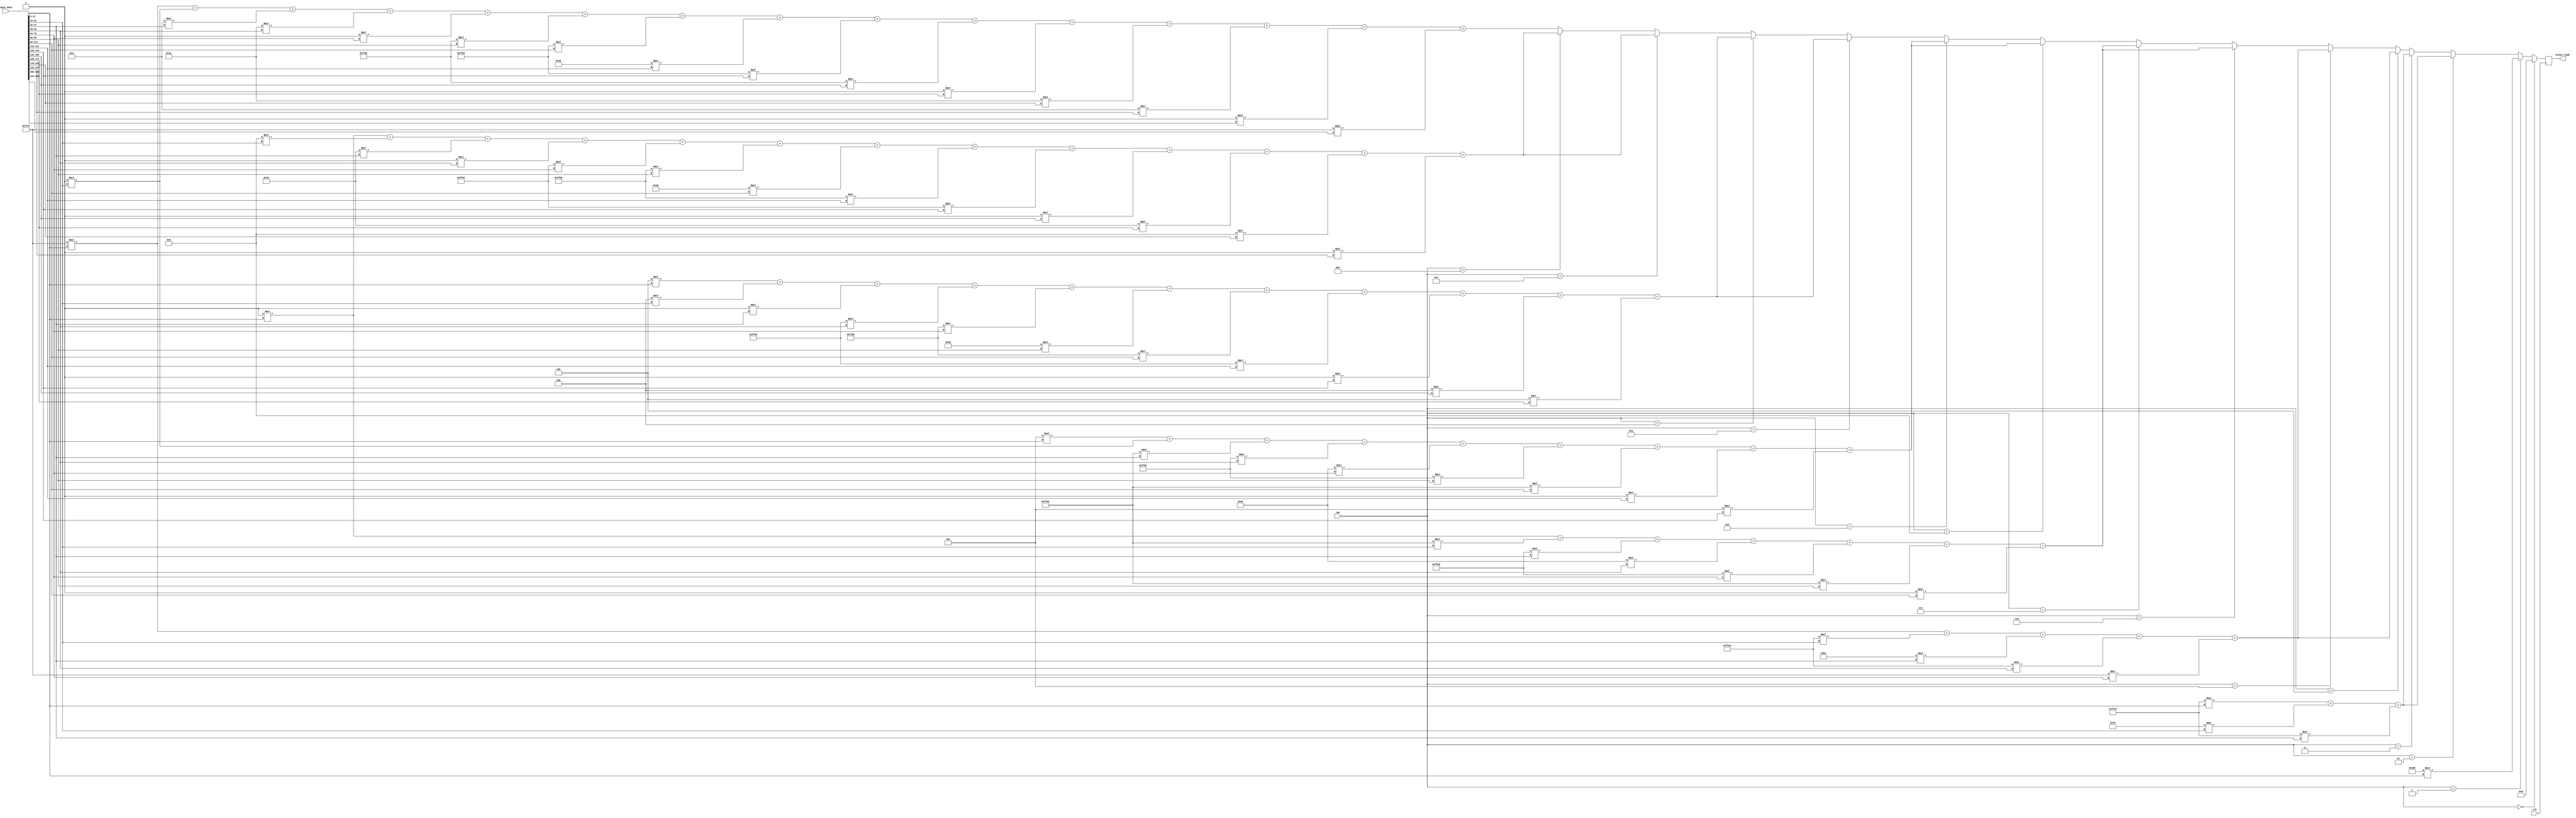
module highpass(
	input wire clk,
	input wire [3:0] tap,
	input wire [239:0] input_data,
	output wire [15:0] output_high
);

	// input - koefisien 16 bit 6 bit MSB decimal, 10 bit LSB fraction
	// input - koefisien dalam two's complement

	reg [15:0] output_register;	
	
	// 1 tap
	parameter [15:0] tap1buff1 = 16'h0400;
	
	// 2 tap
	parameter [15:0] tap2buff1 = 16'hffc0;
	parameter [15:0] tap2buff2 = 16'h00f0;
	parameter [15:0] tap2buff3 = 16'hffc0;
	
	// 3 tap
	parameter [15:0] tap3buff1 = 16'hffc0;
	parameter [15:0] tap3buff2 = 16'h00f0;
	parameter [15:0] tap3buff3 = 16'hffc0;
	
	// 4 tap
	parameter [15:0] tap4buff1 = 16'hfffc;
	parameter [15:0] tap4buff2 = 16'hffae;
	parameter [15:0] tap4buff3 = 16'h00b4;
	parameter [15:0] tap4buff4 = 16'hffae;
	parameter [15:0] tap4buff5 = 16'hfffc;
	
	// 5 tap
	parameter [15:0] tap5buff1 = 16'hfffc;
	parameter [15:0] tap5buff2 = 16'hffae;
	parameter [15:0] tap5buff3 = 16'h00b4;
	parameter [15:0] tap5buff4 = 16'hffae;
	parameter [15:0] tap5buff5 = 16'hfffc;

	// 6 tap
	parameter [15:0] tap6buff1 = 16'h0000;
	parameter [15:0] tap6buff2 = 16'hffd4;
	parameter [15:0] tap6buff3 = 16'hffa8;
	parameter [15:0] tap6buff4 = 16'h00a6;
	parameter [15:0] tap6buff5 = 16'hffa8;
	parameter [15:0] tap6buff6 = 16'hffd4;
	parameter [15:0] tap6buff7 = 16'h0000;
	
	// 7 tap
	parameter [15:0] tap7buff1 = 16'h0000;
	parameter [15:0] tap7buff2 = 16'hffd4;
	parameter [15:0] tap7buff3 = 16'hffa8;
	parameter [15:0] tap7buff4 = 16'h00a6;
	parameter [15:0] tap7buff5 = 16'hffa8;
	parameter [15:0] tap7buff6 = 16'hffd4;
	parameter [15:0] tap7buff7 = 16'h0000;
	
	// 8 tap
	parameter [15:0] tap8buff1 = 16'h0005;
	parameter [15:0] tap8buff2 = 16'h0000;
	parameter [15:0] tap8buff3 = 16'hffd4;
	parameter [15:0] tap8buff4 = 16'hff8e;
	parameter [15:0] tap8buff5 = 16'h00a6;
	parameter [15:0] tap8buff6 = 16'hff8e;
	parameter [15:0] tap8buff7 = 16'hffd4;
	parameter [15:0] tap8buff8 = 16'h0000;
	parameter [15:0] tap8buff9 = 16'h0005;
	
	// 9 tap
	parameter [15:0] tap9buff1 = 16'h0005;
	parameter [15:0] tap9buff2 = 16'h0000;
	parameter [15:0] tap9buff3 = 16'hffd4;
	parameter [15:0] tap9buff4 = 16'hff8e;
	parameter [15:0] tap9buff5 = 16'h00a6;
	parameter [15:0] tap9buff6 = 16'hff8e;
	parameter [15:0] tap9buff7 = 16'hffd4;
	parameter [15:0] tap9buff8 = 16'h0000;
	parameter [15:0] tap9buff9 = 16'h0005;
	
	// 10 tap
	parameter [15:0] tap10buff1 = 16'h0004;
	parameter [15:0] tap10buff2 = 16'h000b;
	parameter [15:0] tap10buff3 = 16'h0000;
	parameter [15:0] tap10buff4 = 16'hffa0;
	parameter [15:0] tap10buff5 = 16'hffbe;
	parameter [15:0] tap10buff6 = 16'h00ad;
	parameter [15:0] tap10buff7 = 16'hffbe;
	parameter [15:0] tap10buff8 = 16'hffa0;
	parameter [15:0] tap10buff9 = 16'h0000;
	parameter [15:0] tap10buff10 = 16'h000b;
	parameter [15:0] tap10buff11 = 16'h0004;
	
	// 11 tap
	parameter [15:0] tap11buff1 = 16'h0004;
	parameter [15:0] tap11buff2 = 16'h000b;
	parameter [15:0] tap11buff3 = 16'h0000;
	parameter [15:0] tap11buff4 = 16'hffa0;
	parameter [15:0] tap11buff5 = 16'hffbe;
	parameter [15:0] tap11buff6 = 16'h00ad;
	parameter [15:0] tap11buff7 = 16'hffbe;
	parameter [15:0] tap11buff8 = 16'hffa0;
	parameter [15:0] tap11buff9 = 16'h0000;
	parameter [15:0] tap11buff10 = 16'h000b;
	parameter [15:0] tap11buff11 = 16'h0004;
	
	// 12 tap
	parameter [15:0] tap12buff1 = 16'h0000;
	parameter [15:0] tap12buff2 = 16'h0008;
	parameter [15:0] tap12buff3 = 16'h0015;
	parameter [15:0] tap12buff4 = 16'h0000;
	parameter [15:0] tap12buff5 = 16'hff94;
	parameter [15:0] tap12buff6 = 16'hffb6;
	parameter [15:0] tap12buff7 = 16'h00ab;
	parameter [15:0] tap12buff8 = 16'hffb6;
	parameter [15:0] tap12buff9 = 16'hff94;
	parameter [15:0] tap12buff10 = 16'h0000;
	parameter [15:0] tap12buff11 = 16'h0015;
	parameter [15:0] tap12buff12 = 16'h0008;
	parameter [15:0] tap12buff13 = 16'h0000;

	// 13 tap
	parameter [15:0] tap13buff1 = 16'h0000;
	parameter [15:0] tap13buff2 = 16'h0008;
	parameter [15:0] tap13buff3 = 16'h0015;
	parameter [15:0] tap13buff4 = 16'h0000;
	parameter [15:0] tap13buff5 = 16'hff94;
	parameter [15:0] tap13buff6 = 16'hffb6;
	parameter [15:0] tap13buff7 = 16'h00ab;
	parameter [15:0] tap13buff8 = 16'hffb6;
	parameter [15:0] tap13buff9 = 16'hff94;
	parameter [15:0] tap13buff10 = 16'h0000;
	parameter [15:0] tap13buff11 = 16'h0015;
	parameter [15:0] tap13buff12 = 16'h0008;
	parameter [15:0] tap13buff13 = 16'h0000;
	
	// 14 tap
	parameter [15:0] tap14buff1 = 16'hfffc;
	parameter [15:0] tap14buff2 = 16'h0000;
	parameter [15:0] tap14buff3 = 16'h000e;
	parameter [15:0] tap14buff4 = 16'h001e;
	parameter [15:0] tap14buff5 = 16'h0000;
	parameter [15:0] tap14buff6 = 16'hff8c;
	parameter [15:0] tap14buff7 = 16'hffb4;
	parameter [15:0] tap14buff8 = 16'h00a8;
	parameter [15:0] tap14buff9 = 16'hffb4;
	parameter [15:0] tap14buff10 = 16'hff8c;
	parameter [15:0] tap14buff11 = 16'h0000;
	parameter [15:0] tap14buff12 = 16'h001e;
	parameter [15:0] tap14buff13 = 16'h000e;
	parameter [15:0] tap14buff14 = 16'h0000;
	parameter [15:0] tap14buff15 = 16'hfffc;
	
	// 15 tap
	parameter [15:0] tap15buff1 = 16'hfffc;
	parameter [15:0] tap15buff2 = 16'h0000;
	parameter [15:0] tap15buff3 = 16'h000e;
	parameter [15:0] tap15buff4 = 16'h001e;
	parameter [15:0] tap15buff5 = 16'h0000;
	parameter [15:0] tap15buff6 = 16'hff8c;
	parameter [15:0] tap15buff7 = 16'hffb4;
	parameter [15:0] tap15buff8 = 16'h00a8;
	parameter [15:0] tap15buff9 = 16'hffb4;
	parameter [15:0] tap15buff10 = 16'hff8c;
	parameter [15:0] tap15buff11 = 16'h0000;
	parameter [15:0] tap15buff12 = 16'h001e;
	parameter [15:0] tap15buff13 = 16'h000e;
	parameter [15:0] tap15buff14 = 16'h0000;
	parameter [15:0] tap15buff15 = 16'hfffc;
	
	always @(posedge clk) begin
		if (tap == 4'b0000) begin
			output_register <= 16'h0000;
		end else if (tap == 4'b0001) begin
			output_register <= tap1buff1*input_data[15:0];
		end else if (tap == 4'b0010) begin
			output_register <= tap2buff1*input_data[15:0]+tap2buff2*input_data[31:16]+tap2buff3*input_data[47:32];
		end else if (tap == 4'b0011) begin
			output_register <= tap3buff1*input_data[15:0]+tap3buff2*input_data[31:16]+tap3buff3*input_data[47:32];
		end else if (tap == 4'b0100) begin
			output_register <= tap4buff1*input_data[15:0]+tap4buff2*input_data[31:16]+tap4buff3*input_data[47:32]+tap4buff4*input_data[63:48]+tap4buff5*input_data[79:64];
		end else if (tap == 4'b0101) begin
			output_register <= tap5buff1*input_data[15:0]+tap5buff2*input_data[31:16]+tap5buff3*input_data[47:32]+tap5buff4*input_data[63:48]+tap5buff5*input_data[79:64];
		end else if (tap == 4'b0110) begin
			output_register <= tap6buff1*input_data[15:0]+tap6buff2*input_data[31:16]+tap6buff3*input_data[47:32]+tap6buff4*input_data[63:48]+tap6buff5*input_data[79:64]+tap6buff6*input_data[95:80]+tap6buff7*input_data[111:96];
		end else if (tap == 4'b0111) begin
			output_register <= tap7buff1*input_data[15:0]+tap7buff2*input_data[31:16]+tap7buff3*input_data[47:32]+tap7buff4*input_data[63:48]+tap7buff5*input_data[79:64]+tap7buff6*input_data[95:80]+tap7buff7*input_data[111:96];
		end else if (tap == 4'b1000) begin
			output_register <= tap8buff1*input_data[15:0]+tap8buff2*input_data[31:16]+tap8buff3*input_data[47:32]+tap8buff4*input_data[63:48]+tap8buff5*input_data[79:64]+tap8buff6*input_data[95:80]+tap8buff7*input_data[111:96]+tap8buff8*input_data[127:112]+tap8buff9*input_data[143:128];
		end else if (tap == 4'b1001) begin
			output_register <= tap9buff1*input_data[15:0]+tap9buff2*input_data[31:16]+tap9buff3*input_data[47:32]+tap9buff4*input_data[63:48]+tap9buff5*input_data[79:64]+tap9buff6*input_data[95:80]+tap9buff7*input_data[111:96]+tap9buff8*input_data[127:112]+tap9buff9*input_data[143:128];
		end else if (tap == 4'b1010) begin
			output_register <= tap10buff1*input_data[15:0]+tap10buff2*input_data[31:16]+tap10buff3*input_data[47:32]+tap10buff4*input_data[63:48]+tap10buff5*input_data[79:64]+tap10buff6*input_data[95:80]+tap10buff7*input_data[111:96]+tap10buff8*input_data[127:112]+tap10buff9*input_data[143:128]+tap10buff10*input_data[159:144]+tap10buff11*input_data[175:160];
		end else if (tap == 4'b1011) begin
			output_register <= tap11buff1*input_data[15:0]+tap11buff2*input_data[31:16]+tap11buff3*input_data[47:32]+tap11buff4*input_data[63:48]+tap11buff5*input_data[79:64]+tap11buff6*input_data[95:80]+tap11buff7*input_data[111:96]+tap11buff8*input_data[127:112]+tap11buff9*input_data[143:128]+tap11buff10*input_data[159:144]+tap11buff11*input_data[175:160];
		end else if (tap == 4'b1100) begin
			output_register <= tap12buff1*input_data[15:0]+tap12buff2*input_data[31:16]+tap12buff3*input_data[47:32]+tap12buff4*input_data[63:48]+tap12buff5*input_data[79:64]+tap12buff6*input_data[95:80]+tap12buff7*input_data[111:96]+tap12buff8*input_data[127:112]+tap12buff9*input_data[143:128]+tap12buff10*input_data[159:144]+tap12buff11*input_data[175:160]+tap12buff12*input_data[191:176]+tap12buff13*input_data[207:192];
		end else if (tap == 4'b1101) begin
			output_register <= tap13buff1*input_data[15:0]+tap13buff2*input_data[31:16]+tap13buff3*input_data[47:32]+tap13buff4*input_data[63:48]+tap13buff5*input_data[79:64]+tap13buff6*input_data[95:80]+tap13buff7*input_data[111:96]+tap13buff8*input_data[127:112]+tap13buff9*input_data[143:128]+tap13buff10*input_data[159:144]+tap13buff11*input_data[175:160]+tap13buff12*input_data[191:176]+tap13buff13*input_data[207:192];
		end else if (tap == 4'b1110) begin
			output_register <= tap14buff1*input_data[15:0]+tap14buff2*input_data[31:16]+tap14buff3*input_data[47:32]+tap14buff4*input_data[63:48]+tap14buff5*input_data[79:64]+tap14buff6*input_data[95:80]+tap14buff7*input_data[111:96]+tap14buff8*input_data[127:112]+tap14buff9*input_data[143:128]+tap14buff10*input_data[159:144]+tap14buff11*input_data[175:160]+tap14buff12*input_data[191:176]+tap14buff13*input_data[207:192]+tap14buff14*input_data[223:208]+tap14buff15*input_data[239:224];
		end else begin
			output_register <= tap15buff1*input_data[15:0]+tap15buff2*input_data[31:16]+tap15buff3*input_data[47:32]+tap15buff4*input_data[63:48]+tap15buff5*input_data[79:64]+tap15buff6*input_data[95:80]+tap15buff7*input_data[111:96]+tap15buff8*input_data[127:112]+tap15buff9*input_data[143:128]+tap15buff10*input_data[159:144]+tap15buff11*input_data[175:160]+tap15buff12*input_data[191:176]+tap15buff13*input_data[207:192]+tap15buff14*input_data[223:208]+tap15buff15*input_data[239:224];
		end 
	end
	
	assign output_high = output_register;
	
endmodule